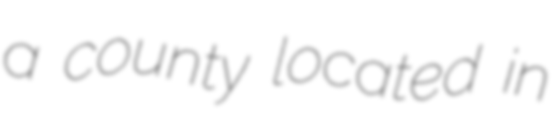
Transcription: a county located in